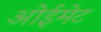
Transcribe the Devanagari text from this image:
ओईमेट